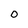
Character: 0